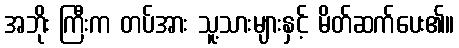
အဘိုး ကြီးက တပ်အား သူ့သားများနှင့် မိတ်ဆက်ပေး၏။